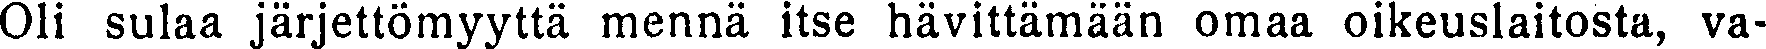
Oli sulaa järjettömyyttä mennä itse hävittämään omaa oikeuslaitosta, va-